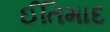
ઈતિમાદ